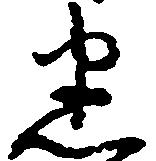
悉